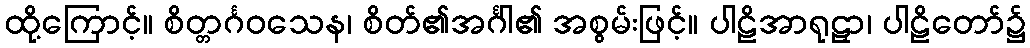
ထို့ကြောင့်။ စိတ္တင်္ဂဝသေန၊ စိတ်၏အင်္ဂါ၏ အစွမ်းဖြင့်။ ပါဠိအာရုဠှာ၊ ပါဠိတော်၌